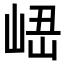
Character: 𡸆